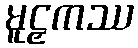
မူဠှကဿ